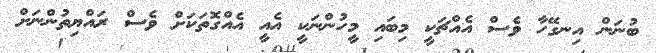
ބުނަން އިނގޭހާ ވެސް އެއްޗަކީ މިބައި މީހުންނަކީ އެއީ އެއްގޮތަކަށް ވެސް ރައްޔިތުންނަށް